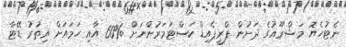
ނެޓުހެޔޮ މަޝްރޫއުގެ ދަށުން ޕްރީޕެއިޑް ކަސްޓަމަރުންނަށް %60 އާއި ހަމައަށް އިތުރު ޑޭޓާ